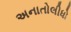
અનાતોલીધો